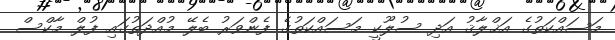
މަސައްކަތުގެ އަޚްލާޤު އަދި ސުލޫކީ މަސައްކަތުގެ ފެންވަރު ބެލޭ މުއްދަތުގައި ފުލް މާކްސް